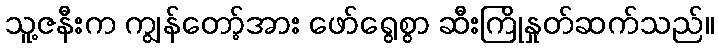
သူ့ဇနီးက ကျွန်တော့်အား ဖော်ရွေစွာ ဆီးကြိုနှုတ်ဆက်သည်။